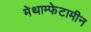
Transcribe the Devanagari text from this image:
मेथाम्फेटामीन